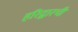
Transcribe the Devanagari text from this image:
हरिद्वारची